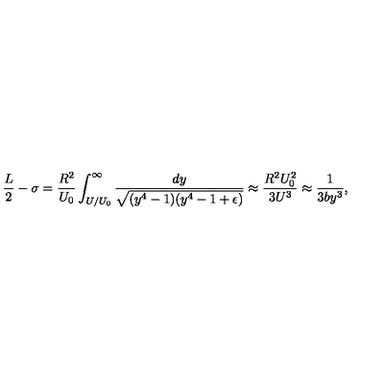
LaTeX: \frac { L } { 2 } - \sigma = \frac { R ^ { 2 } } { U _ { 0 } } \int _ { U / U _ { 0 } } ^ { \infty } \frac { d y } { \sqrt { ( y ^ { 4 } - 1 ) ( y ^ { 4 } - 1 + \epsilon ) } } \approx \frac { R ^ { 2 } U _ { 0 } ^ { 2 } } { 3 U ^ { 3 } } \approx \frac { 1 } { 3 b y ^ { 3 } } ,